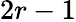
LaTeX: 2r-1